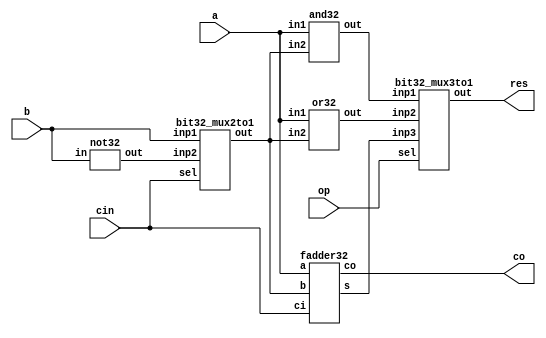
module alu32(res,co,a,b,cin,op);
	input [31:0] a,b;
	input cin;
	input [1:0] op;
	output [31:0] res;
	output co;
	wire [31:0] w0,w1,w2,bo,bn;
	
	not32 n1(bn,b);
	bit32_mux2to1 m1(bo,cin,b,bn);
	and32 a1(w0,a,bo);
	or32 o1(w1,a,bo);
	fadder32 f1(w2,co,a,bo,cin);
	
	bit32_mux3to1 m2(res,op,w0,w1,w2);
endmodule
	
module mux2to1(out,sel,in1,in2);
 input in1,in2,sel;
 output out;
 wire not_sel,a1,a2;
 not (not_sel,sel);
 and (a1,sel,in2);
 and (a2,not_sel,in1);
 or(out,a1,a2);
endmodule



module bit8_mux2to1(out,sel,inp1,inp2);
	input [7:0] inp1,inp2;
	input sel;
	output [7:0] out;
	genvar j;
	
	generate for(j=0;j<8;j=j+1) begin: mux_loop
		mux2to1 m1(out[j],sel,inp1[j],inp2[j]);
	end
	endgenerate
endmodule

module bit32_mux2to1(out,sel,inp1,inp2);
	input [31:0] inp1,inp2;
	input sel;
	output [31:0] out;
	genvar j;
	
	generate for(j=0;j<32;j=j+8) begin: mux8_loop
		bit8_mux2to1 m2(out[j+7:j],sel,inp1[j+7:j],inp2[j+7:j]);
	end
	endgenerate
endmodule
	
module mux3to1(out,sel,in1,in2,in3);
	input in1,in2,in3;
	input [1:0] sel;
	output out;
	wire w;
	mux2to1 m0(w,sel[0],in1,in2);
	mux2to1 m1(out,sel[1],w,in3);
endmodule

module bit32_mux3to1(out,sel,inp1,inp2,inp3);
	input [31:0] inp1,inp2,inp3;
	input [1:0] sel;
	output [31:0] out;
	genvar j;
	generate for(j=0;j<32;j=j+1) begin: mux8_loop
		mux3to1 m2(out[j],sel,inp1[j],inp2[j],inp3[j]);
	end
	endgenerate
endmodule

module and32(out,in1,in2);
	input [31:0] in1,in2;
	output [31:0] out;
	assign {out}=in1&in2;
endmodule

module or32(out,in1,in2);
	input [31:0] in1,in2;
	output [31:0] out;
	assign {out}=in1 | in2;
endmodule

module not32(out,in);
	input [31:0] in;
	output [31:0] out;
	assign {out} = ~in;
endmodule

module decoder(d,x,y,z);
	input x,y,z;
	output [0:7] d;
	wire x0,y0,z0;
	
	not n1(x0,x);
	not n2(y0,y);
	not n3(z0,z);
	
	and a1(d[0],x0,y0,z0);
	and a2(d[1],x0,y0,z);
	and a3(d[2],x0,y,z0);
	and a4(d[3],x0,y,z);
	and a5(d[4],x,y0,z0);
	and a6(d[5],x,y0,z);
	and a7(d[6],x,y,z0);
	and a8(d[7],x,y,z);
endmodule
module fadder(s,c,x);
	input [0:2] x;
	output s,c;
	wire [0:7] d;
	
	decoder d1(d,x[0],x[1],x[2]);
	
	assign s = d[1] | d[2] | d[4] | d[7];
	assign c = d[3] | d[5] | d[6] | d[7];
	
endmodule

module fadder8(s,co,x,y,cin);
	input [7:0] x,y;
	input cin;
	output co;
	output [7:0] s;
	wire [6:0] c;
	//wire t;
	//assign t = 1'b0;
	
	fadder f0(s[0],c[0],{x[0],y[0],cin});
	fadder f1(s[1],c[1],{x[1],y[1],c[0]});
	fadder f2(s[2],c[2],{x[2],y[2],c[1]});
	fadder f3(s[3],c[3],{x[3],y[3],c[2]});
	fadder f4(s[4],c[4],{x[4],y[4],c[3]});
	fadder f5(s[5],c[5],{x[5],y[5],c[4]});
	fadder f6(s[6],c[6],{x[6],y[6],c[5]});
	fadder f7(s[7],co,{x[7],y[7],c[6]});
	
endmodule

module fadder32(s,co,a,b,ci);
	input [31:0] a,b;
	input ci;
	wire c[3:0];
	output [31:0] s;
	output co;
	
	fadder8 f0(s[7:0],c[0],a[7:0],b[7:0],ci);
	fadder8 f1(s[15:8],c[1],a[15:8],b[15:8],c[0]);
	fadder8 f2(s[23:16],c[2],a[23:16],b[23:16],c[1]);
	fadder8 f3(s[31:24],co,a[31:24],b[31:24],c[2]);
endmodule